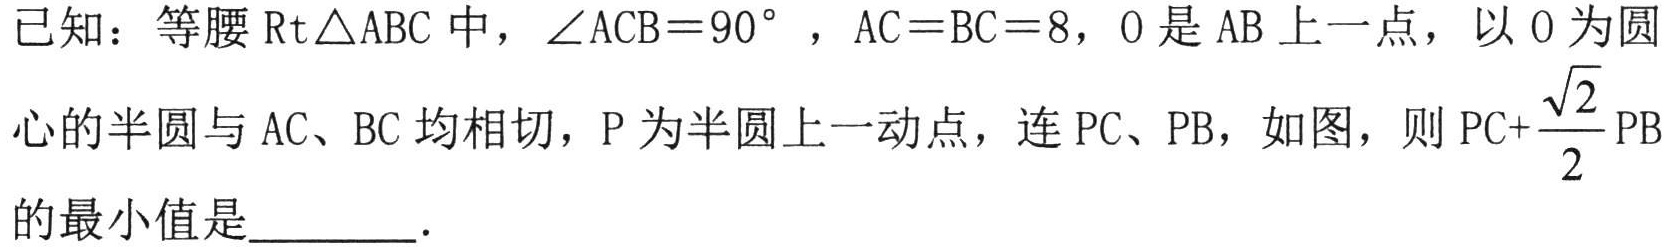
已知：等腰$\text{Rt}\triangle\text{ABC}$中，$\angle\text{ACB}=90^{\circ}$，$\text{AC}=\text{BC}=8$，$\text{O}$是$\text{AB}$上一点，以$\text{O}$为圆心的半圆与$\text{AC}$、$\text{BC}$均相切，$\text{P}$为半圆上一动点，连$\text{PC}$、$\text{PB}$，如图，则$\text{PC}+\dfrac{\sqrt{2}}{2}\text{PB}$的最小值是________．